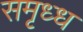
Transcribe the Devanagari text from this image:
समृध्ध